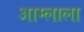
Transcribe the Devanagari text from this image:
आम्लाला